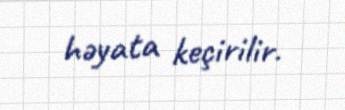
həyata keçirilir.